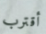
أقترب